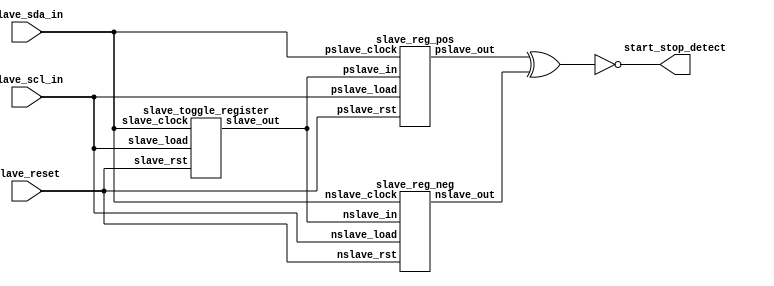
module slave_start_stop_detector ( slave_reset, slave_scl_in, slave_sda_in, start_stop_detect);
input slave_reset;
input slave_scl_in, slave_sda_in;
output start_stop_detect;
wire rst_clock;
wire t, s1, s2;

// instantiation of toggle register
slave_toggle_register str1(.slave_out (t), . slave_load(slave_scl_in), .slave_rst(slave_reset), .slave_clock(rst_clock));

// instantiation of reg1 works at negedge of sda
slave_reg_pos srp1(.pslave_out(s1), .pslave_in(t), .pslave_clock(rst_clock), .pslave_rst(slave_reset), .pslave_load(slave_scl_in));


// instantiation of reg2 works at negedge of sda
slave_reg_neg srnn1(.nslave_out(s2), .nslave_in(t), .nslave_clock(rst_clock), .nslave_rst(slave_reset), .nslave_load(slave_scl_in));

assign rst_clock = slave_sda_in;
assign start_stop_detect = ~(s1^s2);

endmodule

module slave_toggle_register(slave_out, slave_load, slave_rst, slave_clock);
input slave_load;
input slave_rst, slave_clock;
output slave_out;
reg q;

always@(posedge slave_clock, negedge slave_rst)
begin
if(!slave_rst) begin
q <= 1'b1;
end
else if(slave_load)
begin
q <= !q;
end
end
assign slave_out = q;

endmodule

module slave_reg_neg (nslave_out, nslave_in, nslave_clock,  nslave_load,  nslave_rst);
input  nslave_clock,  nslave_rst;
input  nslave_in,  nslave_load;
output  nslave_out;
 reg q;

always@(negedge nslave_clock, negedge  nslave_rst)
if (!nslave_rst)
q <= 1'b0;
else if (nslave_load)
q <= nslave_in;
else q <= q;

assign  nslave_out = q;

endmodule

module slave_reg_pos(pslave_out, pslave_in, pslave_clock,  pslave_load,  pslave_rst);
input  pslave_load,  pslave_clock,  pslave_rst,  pslave_in;
output  pslave_out;
reg q;
 
always@(posedge  pslave_clock, negedge  pslave_rst)
if(! pslave_rst)
q <= 1'b0;
else if ( pslave_load)
q <= pslave_in;
else q <= q;

assign pslave_out = q;

endmodule

// code for start-stop detector ends here